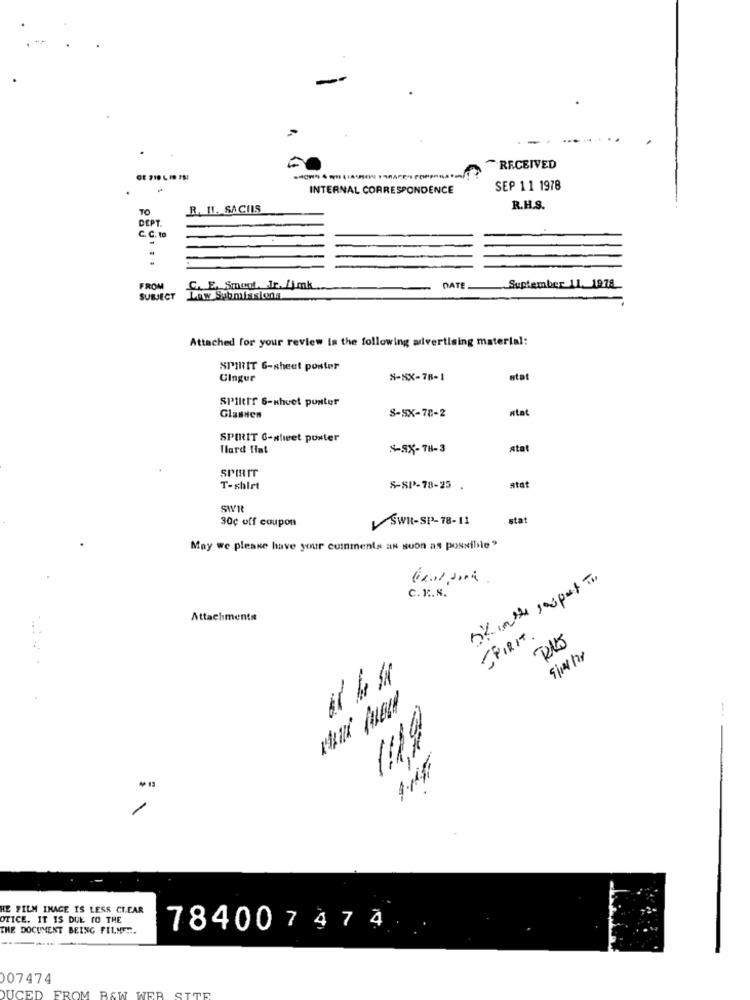
~RECEIVED
OE 218 6 ID TS!
INTERNAL CORRESPONDENCE
SEP 11 1978
TO
R. II. SACOS
R.H.S.
DEPT.
C.C. to
.
FROM
C. E. Sment. Jr. Kimk
DATE
Suptember 11. 1978
SUBJECT
Law Submissions
Attached for your review is the following advertising material:
SPIRIT 6-sheet poster
Cingur
S-XX-78-1
atat
SPIRIT 6-sheet punter
atat
Glassen
S-SX-78-2
SPIRIT C-street poster
Hard Hat
S-SX-TH-3
atat
SPIRIT
T-shirt
S-SP-78-25 .
atot
SWI
30¢ off coupon
SWR-SP-78-11
stat
May we please have your comments as soon as possible"
C.R. S.
Attachments
SPIRIT.
1119
HE FILM INAGE IS LESS CLEAR
OTICE. IT IS DUE TO THE
THE DOCUMENT BEING FILNER.
784007474
07474
TTR
DUCED FROM BAW WER